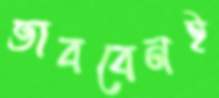
ভাববেনই